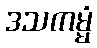
ဒသကမ္မံ